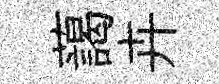
藹卉